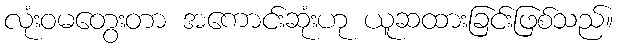
လုံးဝမတွေးတာ အကောင်းဆုံးဟု ယူဆထားခြင်းဖြစ်သည်။